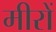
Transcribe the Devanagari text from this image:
मीरों